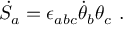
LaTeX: { \dot { S } } _ { a } = \epsilon _ { a b c } { \dot { \theta } } _ { b } \theta _ { c } \ .